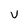
Character: v